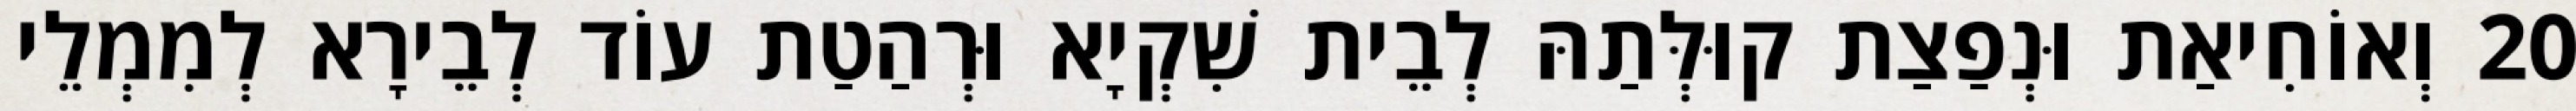
20 וְאוֹחִיאַת וּנְפַצַת קוּלְּתַהּ לְבֵית שִׁקְיָא וּרְהַטַת עוֹד לְבֵירָא לְמִמְלֵי